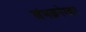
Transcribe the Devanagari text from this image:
अंमळनेरकर